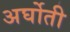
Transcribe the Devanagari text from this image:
अर्घोती